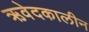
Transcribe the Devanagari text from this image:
ऋवेदकालीन